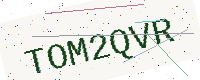
Text: TOM2QVR